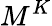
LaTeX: M^{K}